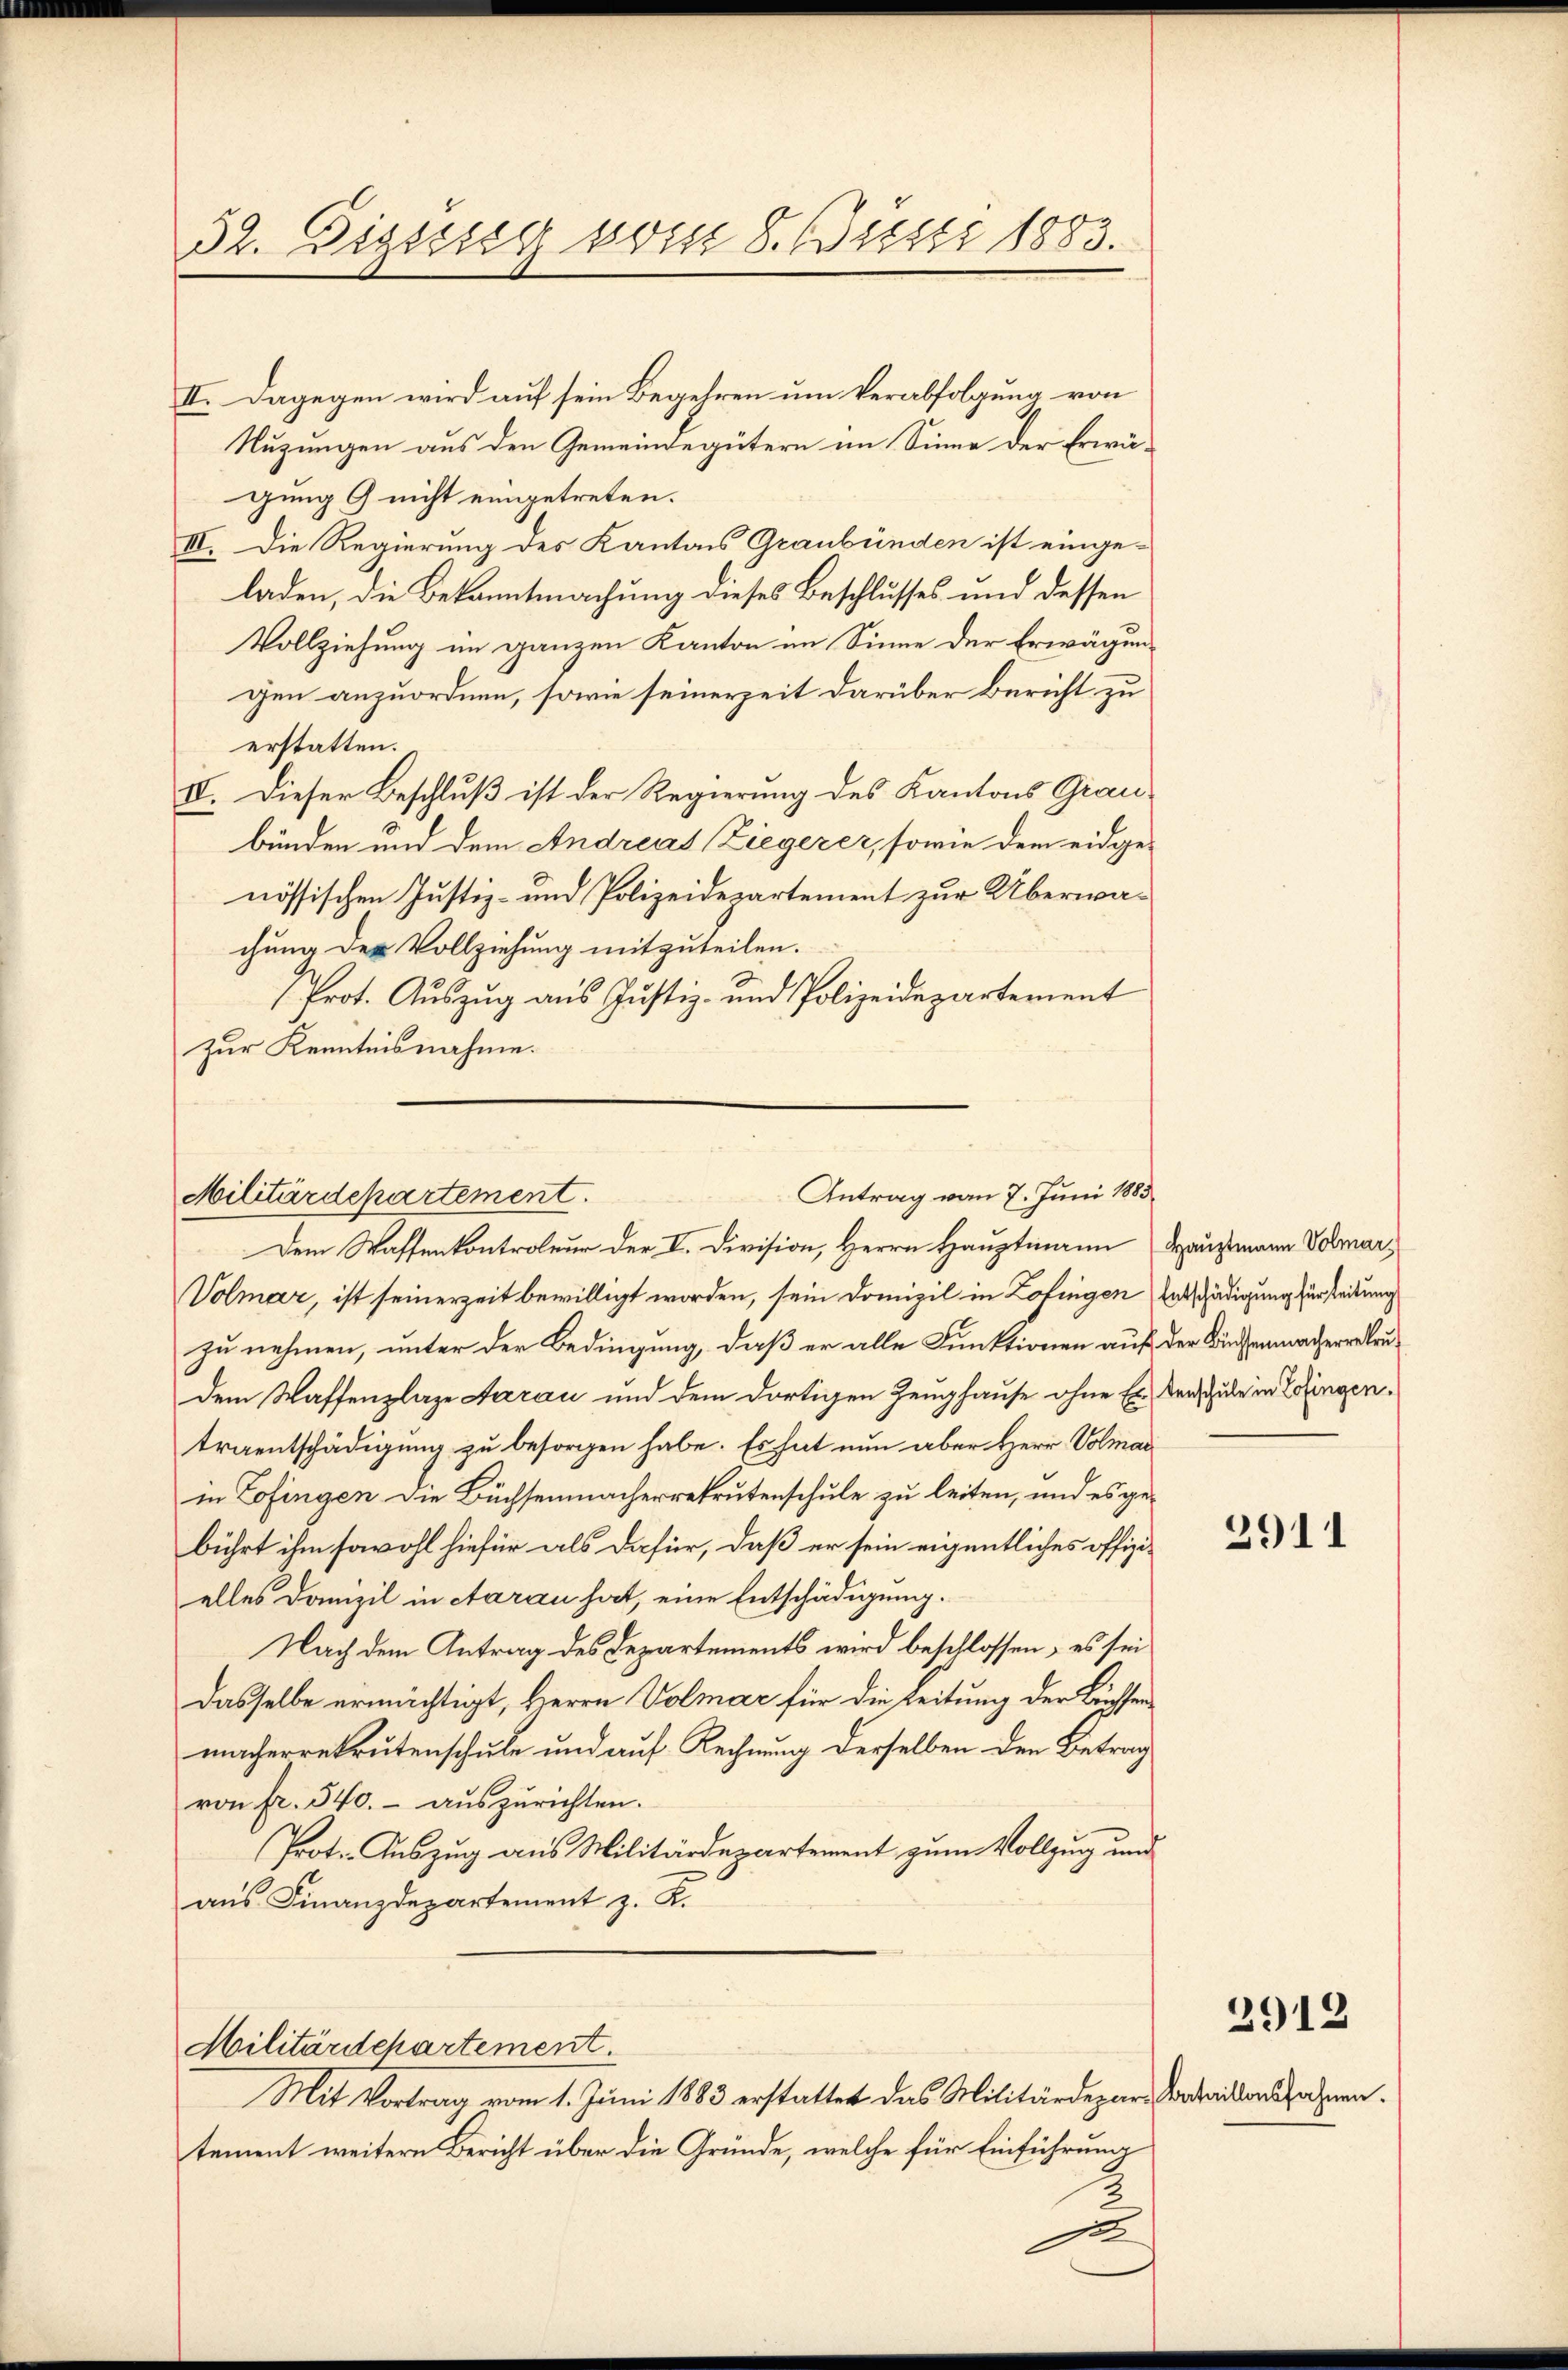
32. Diszig vom 8. Justi 1883.

II. Dagegen wird auf sein Begehren um Verabfolgung von
Nuzungen aus den Gemeindegütern im Sinne der Erwägung 9 nicht eingetreten.
III. Die Regierung des Kantons Graubünden ist eingeladen, die Bekanntmachung dieses Beschlusses und dessen
Vollziehung im ganzen Kanton im Sinne der Erwägung
gen anzuordnen, sowie seinerzeit darüber Bericht zu
erstatten.
IV. Dieser Beschluß ist der Regierung des Kantons Graubünden und dem Andreas Ziegerer, sowie dem eidge-
nössischen Justiz- und Polizeidepartement zur Überwachung der Vollziehung mitzuteilen.
Prot. Auszug aus Justiz- und Polizeidepartement
zur Kenntnisnahme.

Antrag vom 7. Juni 1883
Militärdepartement.
Dem Waffenkontroleur der V. Division, Herrn Hauptmann Hausmann Volmar¬

Militärdchartement
Mit Vortrag vom 1. Juni 1883 erstattet das Militärdepar- Sadaikon sahnen.

Volmer, ist seinerzeit bewilligt worden, sein Domizil in Zofingen Entschädigung fürsteilung
zu nehmen, unter der Bedingung, daß er alle Funktionen auf der Büchsenmacherreleu
dem Waffenplaze Aarau und dem dortigen Zeughause ohne Er verschule in Zofingentraentschädigung zu besorgen habe. Es hat nun aber Herr Volmar
in Zofingen die Büchsenmacherrekrutenschule zu leiten, und es gebührt ihm sowohl hiefür als dafür, daß er sein eigentliches offizielles Domizil in Aarau hat, eine Entschädigung.
Nach dem Antrag des Departements wird beschlossen, es sei
Dasselbe ermächtigt, Herrn Volmar für die Zeitung der Büssen
macherrekrutenschule und auf Rechnung derselben den Betrag
von fr. 540.- auszurichten.
Prot. Auszug aus Militärdepartement zum Vollzug und
aus Finanzdepartement z. K.

tement weitern Bericht über die Gründe, welche für Einführung
2
se

.

3911

2913